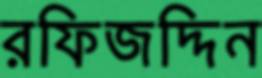
রফিজদ্দিন